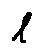
l